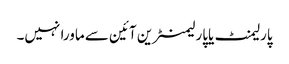
پارلیمنٹ یاپارلیمنٹرین آئین سے ماورا نہیں۔